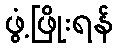
ဖွံ့ဖြိုးရန်